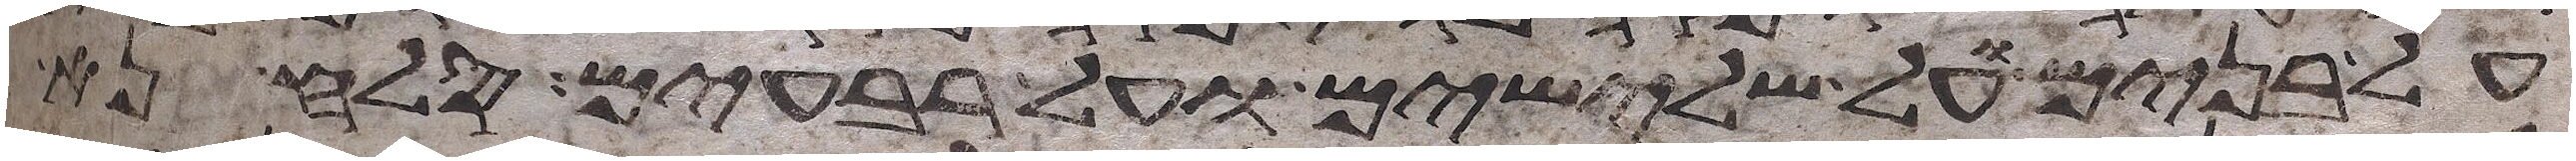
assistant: על בנים על שלישים ועל רביעים סלח נא